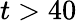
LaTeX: t>40